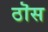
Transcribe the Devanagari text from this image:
ठॊस